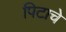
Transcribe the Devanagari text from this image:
पिटाचे